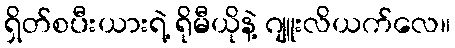
ရှိတ်စပီးယားရဲ့ ရိုမီယိုနဲ့ ဂျူးလိယက်လေ။